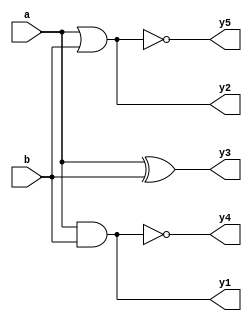
//Verilog model: Circuit with boolean expressions
module example_2(a, b, y1, y2, y3, y4, y5);

  //4-line bus inputs a and b
  input [3:0] a;
  input [3:0] b;

  //Code: 4-line bus outputs y1 through y5
  output [3:0] y1;
  output [3:0] y2;
  output [3:0] y3;
  output [3:0] y4;
  output [3:0] y5;

  assign y1 = a & b;
  assign y2 = a | b;
  assign y3 = a ^ b;
  assign y4 = ~(a & b);
  assign y5 = ~(a | b);

endmodule